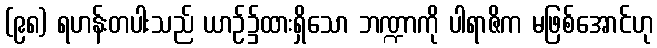
(၉၈) ရဟန်းတပါးသည် ယာဉ်၌ထားရှိသော ဘဏ္ဍာကို ပါရာဇိက မဖြစ်အောင်ဟု